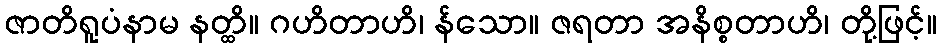
ဇာတိရူပံနာမ နတ္ထိ။ ဂဟိတာဟိ၊ န်သော။ ဇရတာ အနိစ္စတာဟိ၊ တို့ဖြင့်။